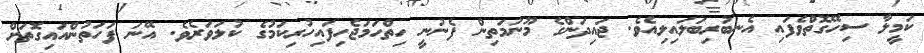
ކަމީލާ ސިހޭގޮތްވެފައި އެނބުރިބަލައިލިއެވެ. ޖައިދަންގެ މޫނުމަތިން ފެނުނީ ހިތްހަމަޖެހިފައިހުރިކަމުގެ ކުލަވަރެވެ. އޭނަ ފަހަތުންއައިގޮތަށް